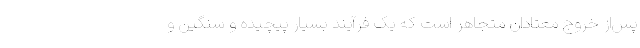
پس‌از خروج معتادان متجاهر است که یک فرآیند بسیار پیچیده و سنگین و